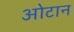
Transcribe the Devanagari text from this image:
ओटान